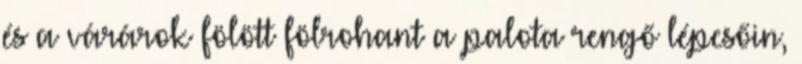
és a várárok fölött fölrohant a palota rengő lépcsőin,